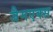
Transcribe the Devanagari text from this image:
जैमएक्स